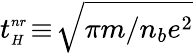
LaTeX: t_{{\scriptscriptstyle H}}^{{\scriptscriptstyle nr}}\! \equiv\! \sqrt{\pi m/n_{b}e^{2}}